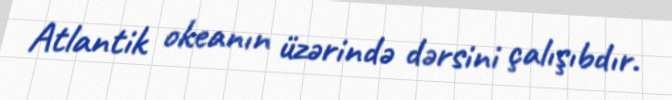
Atlantik okeanın üzərində dərsini çalışıbdır.